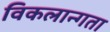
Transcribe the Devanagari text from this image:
विकलान्गता